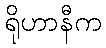
ရိုဟာနီက